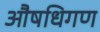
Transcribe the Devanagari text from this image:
औषधिगण